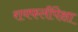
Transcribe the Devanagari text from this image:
रायफलींपेक्षा